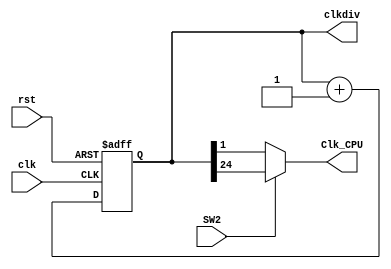
module  clk_div(
                clk,
                rst,
                SW2,
                clkdiv,
                Clk_CPU
);
    input  wire         clk,
                        rst;
    input  wire         SW2;
    output reg  [31: 0]	clkdiv = 0;
    output wire         Clk_CPU;

    always @ (posedge clk or posedge rst) begin
        if (rst) begin
           clkdiv <= 0;
        end 
        else begin
            clkdiv <= clkdiv + 32'b1;
        end
    end

   assign Clk_CPU = SW2 ? clkdiv[24] : clkdiv[1]; // SW2 to chose Cpuclk

endmodule